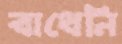
বাধেনি